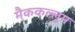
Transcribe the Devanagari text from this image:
मैककल्लुम